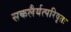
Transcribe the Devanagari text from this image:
सकलैर्यत्परिवृतः